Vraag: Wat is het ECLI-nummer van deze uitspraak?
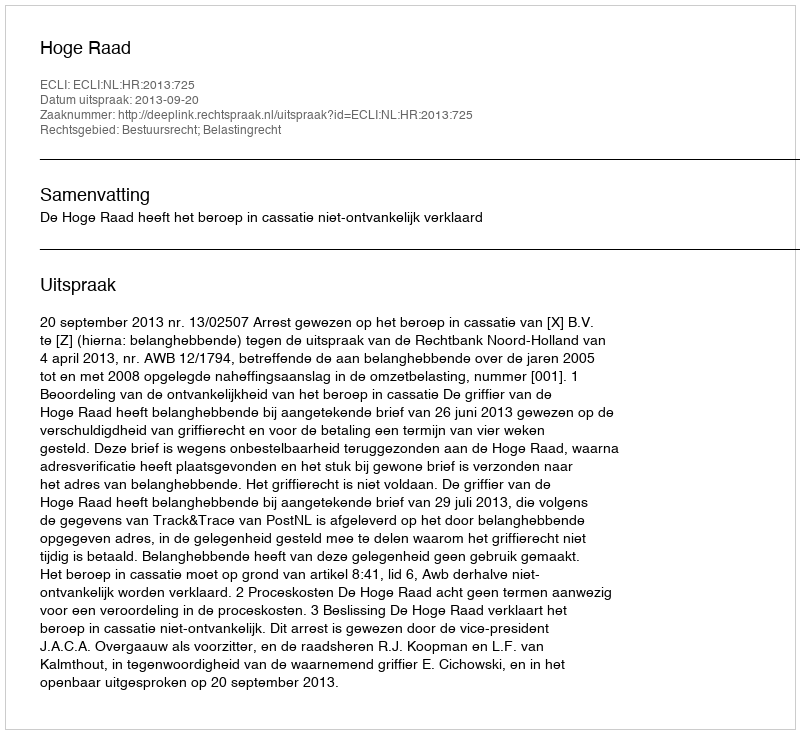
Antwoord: ECLI:NL:HR:2013:725